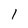
Character: l